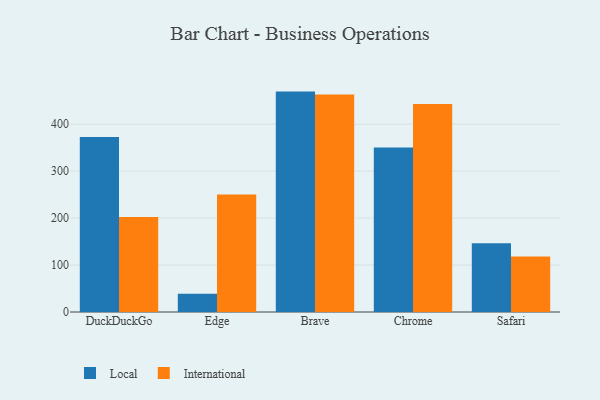
{"axis": {"x": "Browser", "y": "Backlog"}, "legend": ["International", "Local"], "data": [{"x": "DuckDuckGo", "y": 372.6, "type": "Local"}, {"x": "DuckDuckGo", "y": 202.5, "type": "International"}, {"x": "Edge", "y": 38.7, "type": "Local"}, {"x": "Edge", "y": 250.5, "type": "International"}, {"x": "Brave", "y": 469.4, "type": "Local"}, {"x": "Brave", "y": 463.3, "type": "International"}, {"x": "Chrome", "y": 350.5, "type": "Local"}, {"x": "Chrome", "y": 443.2, "type": "International"}, {"x": "Safari", "y": 146.3, "type": "Local"}, {"x": "Safari", "y": 118.1, "type": "International"}]}